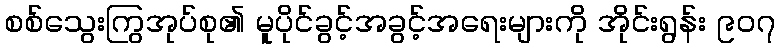
စစ်သွေးကြွအုပ်စု၏ မူပိုင်ခွင့်အခွင့်အရေးများကို အိုင်းရွန်း ၉၀၇